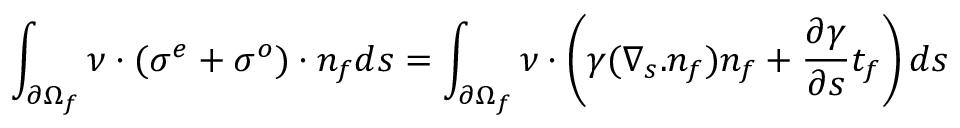
\int _ { \partial \Omega _ { f } } \boldsymbol { \nu } \cdot ( \boldsymbol { \sigma ^ { e } } + \boldsymbol { \sigma ^ { o } } ) \cdot \boldsymbol { n _ { f } } d s = \int _ { \partial \Omega _ { f } } \boldsymbol { \nu } \cdot \left( \gamma ( \nabla _ { s } . n _ { f } ) \boldsymbol { n _ { f } } + \frac { \partial \gamma } { \partial s } \boldsymbol { t _ { f } } \right) d s